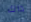
داك